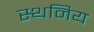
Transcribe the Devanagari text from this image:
स्थनिय